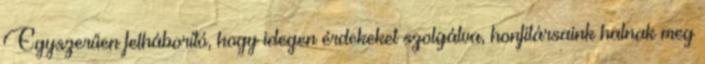
Egyszerűen felháborító, hogy idegen érdekeket szolgálva, honfitársaink halnak meg